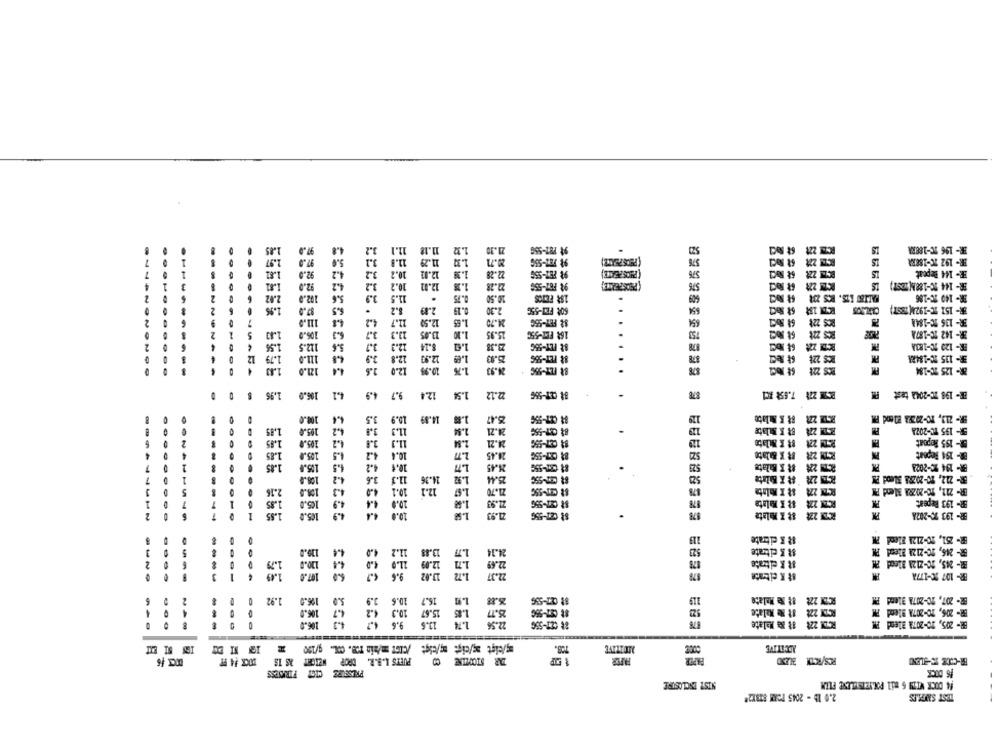
1.18
1.34
21.30
$4 FBT-556
RCT 228
IS
HR- 196 TC-188RA
11.1
2.71
IS
ER- 192 TC-1888A
4 Repeat
12.02
1.38
22.28
92.0
12.02
22.28
98 F67-556
KZ 228
BR- 144 X-1881(1997)
MALTED LTS. ICS 23
2.02
10.50
1.95
2.19
0.19
2.30
6OR FEZ-556
3-151 TC-1928(1887)
111.0
11.7
12.50
1.65
24.70
S2 FET-450
106.0
13.05
15.95
16 FET-556
1.43
21.3
1. 10
1.56
8.14
BE FET-55G
1.79
12.90
BR- 135 1C-18481
1.%
24.93
SCESEFEEL
EEEEEEEEEEE
12.4
1.96
196.0
4.1
4.9
9.7
1.54
2.12
88 CET-556
878
BCT 271 7.65% #CI
BR- 198 TC-2042 tast PM
1.4
10.9
4.89
5.47
17-5%
RCTZ 223 88 X Mulato
ER- 219, 10-20223 El end FM
1.2
24.21
BCB 278 53 K Julate
5R- 195 TC-2028
1.85
4.2
24.21
27-556
- 195 Repeat
1.85
4.5
28.45
BR- 154 Repsat
4.5
Ln
24.45
BR- 194 1C-2023
108.
4.2
11.
1.92
25.44
2.36
4.3
10.
1.97
21.70
BR- 211, 10-2028A Bend F
35
10.
22.93
27-556
RCZY 224
BR- 193 Repeat
10.
4.9
RCT: 224
BR- 193 X-2028
119
I K citrate
523
1.4
11.2
1.7
24.34
$8 E citrate
..
2
14.0
12.09
878
18 R citrate
9.6
13.02
6.0
1.72
22.37
BR- 107 20-1778
-
-
2
1.92
126.0
5.0
3.9
10.6 3.9
16.7
1.93
88 027-536
119
RCZY 222 12 Ne Melate
BR- 207, 20-2078 31end PM
06.0
4.7
15.67 10.3
1.85
28.7
RCDX 222 12 Ne Malate
BR- 206, 20-207A Blend FM
106.0
4.3
9.6 4.7
13.6
1.74
22.5%
88 C27-55G
RCD! 221 #8 M Malate
BR- 205, 20-2071 Blend IM
--
......
708.
MUITIVE
ADCATIVE
PUETS I.B.R. DROP WEIGHT AS IS
BR-CODE TO-BILEN
PRESSURE CICT FIRMSESS
15 DICK
NIST ENCLOSURE
!4 DOCK WITH 6 mil POLYETSELENE PLUM
2.0 1b - 2045 POAM 81812*
TEST SAMPLES